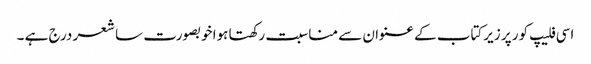
اسی فلیپ کور پر زیرکتاب کے عنوان سے مناسبت رکھتا ہوا خوبصورت سا شعر درج ہے ۔